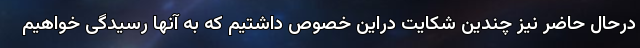
درحال حاضر نیز چندین شکایت دراین خصوص داشتیم که به آنها رسیدگی خواهیم